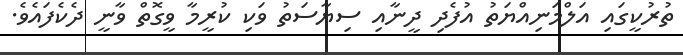
ތުރުކީގައި އަލްމަނިއްޔަތު އުފެދި ދީނާއި ސިޔާސަތު ވަކި ކުރީމާ ވީގޮތް ވާނީ ދެކެފައެވެ.